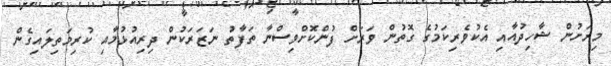
މިރަށުން ޝާހިދުއާއި އެކުވެރިކަމުގެ ގޮތުން ވަރަށް ފުންކޮށްވިސްނާ ތަފާތު ނަޒަރަކުން ދިރިއުޅުމާއި ކުރިމަތިލައިގެން